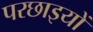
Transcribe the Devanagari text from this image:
परछाइयों